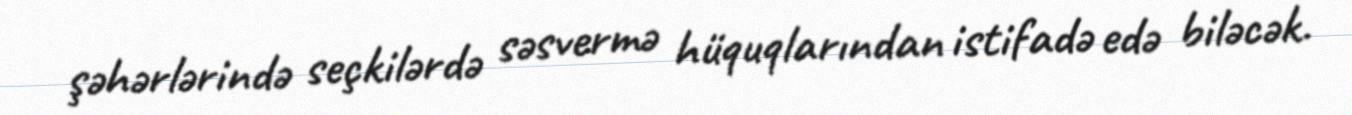
şəhərlərində seçkilərdə səsvermə hüquqlarından istifadə edə biləcək.